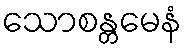
သောစန္တမေနံ